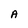
Character: A